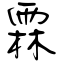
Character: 霖